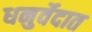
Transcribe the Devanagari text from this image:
धनुर्वेदात